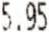
5.95